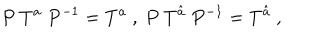
LaTeX: P ~ T ^ { a } ~ P ^ { - 1 } = T ^ { a } ~ , ~ P ~ T ^ { \hat { a } } ~ P ^ { - 1 } = T ^ { \hat { a } } ~ , ~ \,